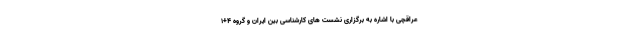
عراقچی با اشاره به برگزاری نشست های کارشناسی بین ایران و گروه ۴+۱